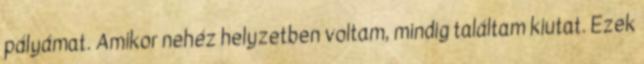
pályámat. Amikor nehéz helyzetben voltam, mindig találtam kiutat. Ezek